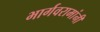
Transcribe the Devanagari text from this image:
भार्गवरामांनी